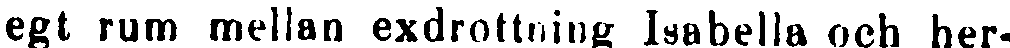
egt rum mellan exdrottning Isabella och her-